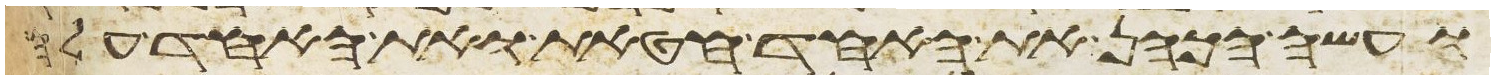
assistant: ועשה הכהן את האחד חטאת ואת האחד עלה